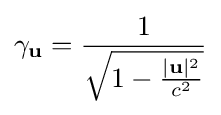
\gamma _{\mathbf {u} }={\frac {1}{\sqrt {1-{\frac {|\mathbf {u} |^{2}}{c^{2}}}}}}